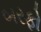
બરફો